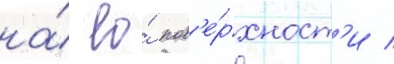
на́ ео́ пов'е́рхност'и /